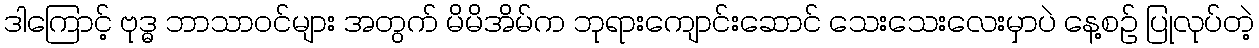
ဒါကြောင့် ဗုဒ္ဓ ဘာသာဝင်များ အတွက် မိမိအိမ်က ဘုရားကျောင်းဆောင် သေးသေးလေးမှာပဲ နေ့စဉ် ပြုလုပ်တဲ့